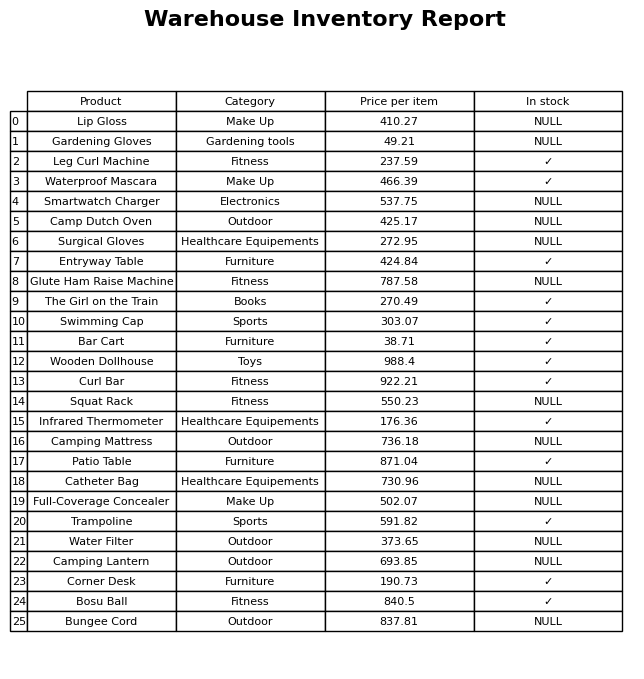
question: What is the price of the Infrared Thermometer?
answer: The price of Infrared Thermometer is 176.36.